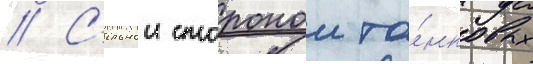
// С'ильнои сторонои та́нковых